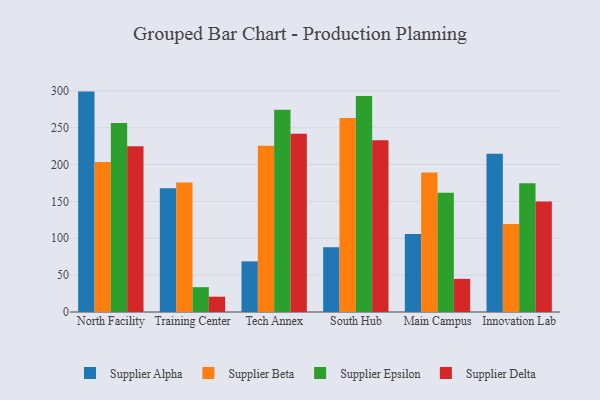
{"axis": {"x": "Campus", "y": "Active Users"}, "legend": ["Supplier Alpha", "Supplier Beta", "Supplier Delta", "Supplier Epsilon"], "data": [{"x": "North Facility", "y": 299.0, "type": "Supplier Alpha"}, {"x": "North Facility", "y": 203.4, "type": "Supplier Beta"}, {"x": "North Facility", "y": 256.4, "type": "Supplier Epsilon"}, {"x": "North Facility", "y": 224.9, "type": "Supplier Delta"}, {"x": "Training Center", "y": 167.8, "type": "Supplier Alpha"}, {"x": "Training Center", "y": 175.7, "type": "Supplier Beta"}, {"x": "Training Center", "y": 33.7, "type": "Supplier Epsilon"}, {"x": "Training Center", "y": 20.7, "type": "Supplier Delta"}, {"x": "Tech Annex", "y": 68.7, "type": "Supplier Alpha"}, {"x": "Tech Annex", "y": 225.4, "type": "Supplier Beta"}, {"x": "Tech Annex", "y": 274.4, "type": "Supplier Epsilon"}, {"x": "Tech Annex", "y": 241.8, "type": "Supplier Delta"}, {"x": "South Hub", "y": 88.0, "type": "Supplier Alpha"}, {"x": "South Hub", "y": 263.2, "type": "Supplier Beta"}, {"x": "South Hub", "y": 292.9, "type": "Supplier Epsilon"}, {"x": "South Hub", "y": 232.9, "type": "Supplier Delta"}, {"x": "Main Campus", "y": 105.7, "type": "Supplier Alpha"}, {"x": "Main Campus", "y": 189.3, "type": "Supplier Beta"}, {"x": "Main Campus", "y": 161.8, "type": "Supplier Epsilon"}, {"x": "Main Campus", "y": 44.9, "type": "Supplier Delta"}, {"x": "Innovation Lab", "y": 214.8, "type": "Supplier Alpha"}, {"x": "Innovation Lab", "y": 119.5, "type": "Supplier Beta"}, {"x": "Innovation Lab", "y": 174.5, "type": "Supplier Epsilon"}, {"x": "Innovation Lab", "y": 149.9, "type": "Supplier Delta"}]}